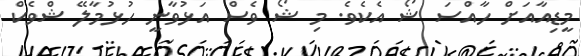
މީޑިއާއަށް ހާއްސަ ޝޯ އެކެވެ. މި ޝޯ ވެސް އަޅުވާނީ ހުޅުމާލޭ ޝްވެކް